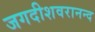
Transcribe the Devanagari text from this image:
जगदीशवरानन्द